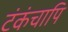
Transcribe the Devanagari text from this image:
टंकंचापि